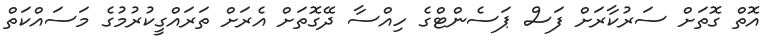
އޮތް ގޮތަށް ސަރުކާރަށް ފަސް ޕަސެންޓްގެ ހިއްސާ ދޭގޮތަށް އެރަށް ތަރައްގީކުރުމުގެ މަސައްކަތް